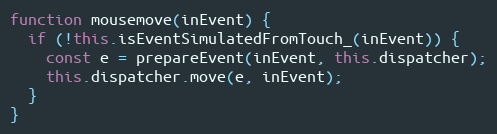
Language: JavaScript
function mousemove(inEvent) {
  if (!this.isEventSimulatedFromTouch_(inEvent)) {
    const e = prepareEvent(inEvent, this.dispatcher);
    this.dispatcher.move(e, inEvent);
  }
}